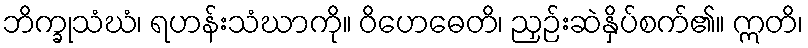
ဘိက္ခုသံဃံ၊ ရဟန်းသံဃာကို။ ဝိဟေဓေတိ၊ ညှဉ်းဆဲနှိပ်စက်၏။ ဣတိ၊